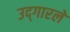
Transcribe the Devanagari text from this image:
उद्‍गारले